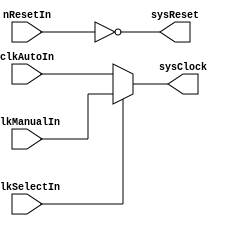
/* ----------------------------------------------------------------------- */
/*                                                                         */
/*   Quartz Arc                                                            */
/*                                                                         */
/*   FPGA Basics Code                                                      */
/*                                                                         */
/*   Terasic DE0-CV                                                        */
/*                                                                         */
/*   System: Core                                                          */
/*   Role: Reset & Clock Control                                           */
/*   Filename: QA_RCC.v                                                    */
/*   Date: 23rd January 2021                                               */
/*   Created By: Benjamin Rosser                                           */
/*                                                                         */
/*   This code is covered by Creative Commons CC-BY-NC-SA license          */
/*   (C) Copyright 2021 Benjamin Rosser                                    */
/*                                                                         */
/* ----------------------------------------------------------------------- */


//----------------------------
//QA_RCC_Module
//Reset & Clock Control Module
//----------------------------
module QA_RCC_Module (

  input nResetIn,
  
  input clkManualIn,
  input clkAutoIn,
  
  input clkSelectIn,
  
  output sysReset,
  output sysClock

);


  assign sysReset = ~nResetIn;
  
  assign sysClock = clkSelectIn ? clkManualIn : clkAutoIn;


endmodule